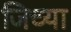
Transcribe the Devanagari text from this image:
जिच्‍या